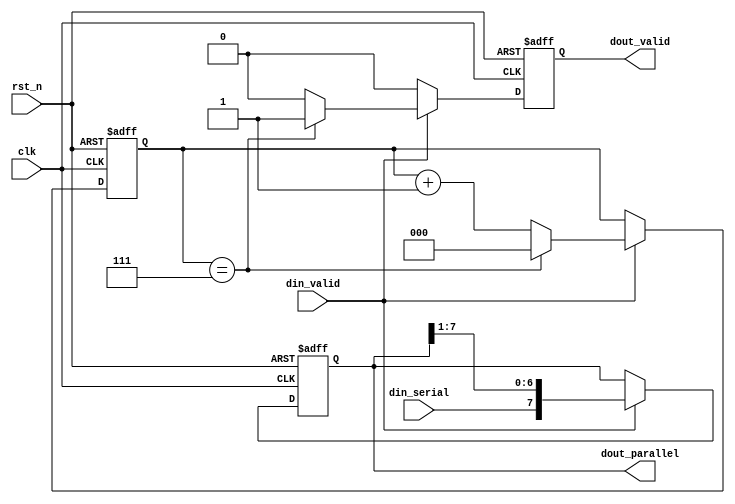
module serial2parallel (
    input wire clk,
    input wire rst_n,
    input wire din_serial,
    input wire din_valid,
    output reg [7:0] dout_parallel,
    output reg dout_valid
);

// Internal counter to track the number of received bits
reg [2:0] cnt; // 3 bits to count up to 8

always @(posedge clk or negedge rst_n) begin
    if (!rst_n) begin
        // Asynchronous reset: clear the counter and output registers
        cnt <= 3'b000;
        dout_parallel <= 8'b00000000;
        dout_valid <= 1'b0;
    end else if (din_valid) begin
        // If input is valid, shift in the new bit and increment the counter
        dout_parallel <= {din_serial, dout_parallel[7:1]};
        cnt <= cnt + 1'b1;
        
        // Check if 8 bits have been shifted in
        if (cnt == 3'b111) begin
            // Indicate that the output is valid on the 8th bit
            dout_valid <= 1'b1;
            cnt <= 3'b000; // Reset the counter for the next cycle
        end else begin
            // Output is not yet valid
            dout_valid <= 1'b0;
        end
    end else begin
        // If input is not valid, just clear the valid output signal
        dout_valid <= 1'b0;
    end
end

endmodule